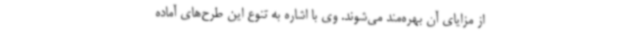
از مزایای آن بهره‌مند می‌شوند. وی با اشاره به تنوع این طرح‌های آماده